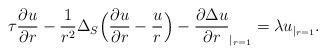
LaTeX: \begin{align*}\tau\frac{\partial u}{\partial r }-\frac{1}{r^2}{\Delta_S}\Big(\frac{\partial u}{\partial r}-\frac{u}{r}\Big)-\frac{\partial\Delta u}{\partial r}_{|_{r=1}}=\lambda u_{|_{r=1}}.\end{align*}